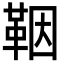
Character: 鞇